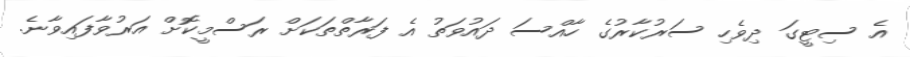
އެ ސިޓީގަ ދިވެހި ސަރުކާރުގެ ހާއްސަ ދައުވަތު އެ ފަރާތްތަކަށް ރަސްމީކޮށް އަރުވާފައިވާނެ.